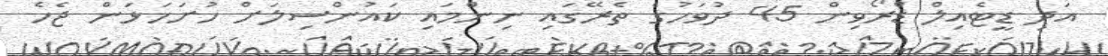
އަދި ޑީޓެއިލް ޑްރޯވިން 45 ދުވަހުގެ ތެރޭގައި ނިންމައި ކައުންސިލަށް ހުށަހަޅަން ޖެހެ